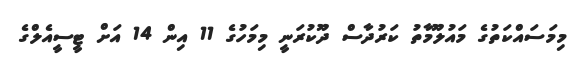
މިމަސައްކަތުގެ މައުލޫމާތު ކަރުދާސް ދޫކުރަނީ މިމަހުގެ 11 އިން 14 އަށް ޓީސީއެލްގެ